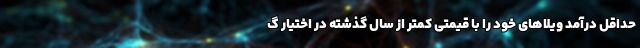
حداقل درآمد ویلاهای خود را با قیمتی کمتر از سال گذشته در اختیار گ